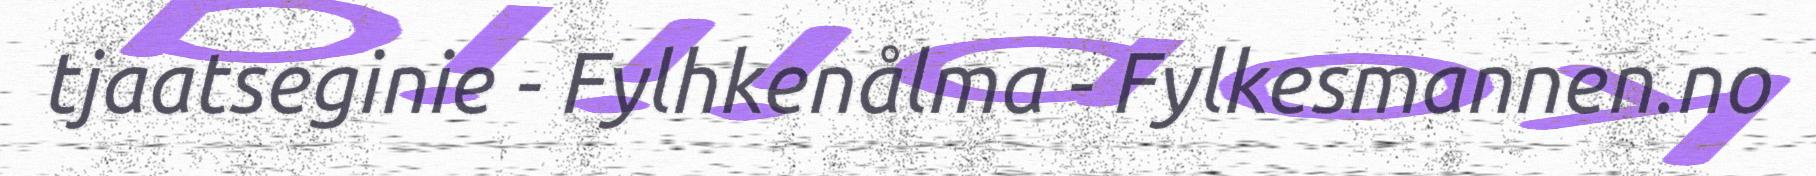
tjaatseginie - Fylhkenålma - Fylkesmannen.no